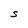
Character: S